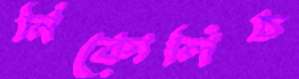
নিকোলিচ